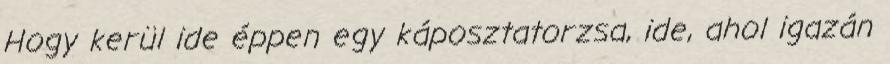
Hogy kerül ide éppen egy káposztatorzsa, ide, ahol igazán